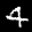
Label: 4